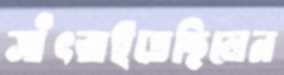
সাঁৎরাইতেছিলেন